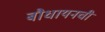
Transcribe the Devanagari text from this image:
बौधायनची